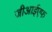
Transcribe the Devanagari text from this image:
जीआईएफ